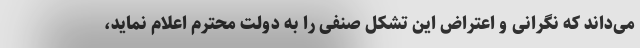
می‌داند که نگرانی و اعتراض این تشکل صنفی را به دولت محترم اعلام نماید،